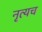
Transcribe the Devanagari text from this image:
नृत्यच